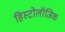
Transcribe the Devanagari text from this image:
हिस्टोलॉजिक